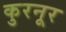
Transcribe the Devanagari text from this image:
कुरनूर